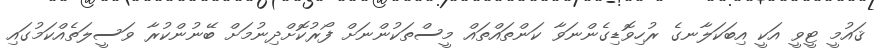
ޤައުމީ ޓީވީ އަކީ އިބަކަލާނގެ ރުހިވޮޑިގެންނަވާ ކަންތައްތައް މީސްތަކުންނަށް ފޯރުކޮށްދިނުމަށް ބޭނުންކުރާ ވަސީލަތެއްކަމުގައި